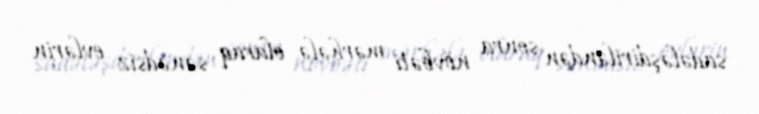
sadələşdiriləndən sonra növbəti mərhələ olaraq sənədsiz evlərin